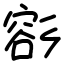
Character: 彮